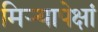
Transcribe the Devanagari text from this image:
मिऱ्यापेक्षां